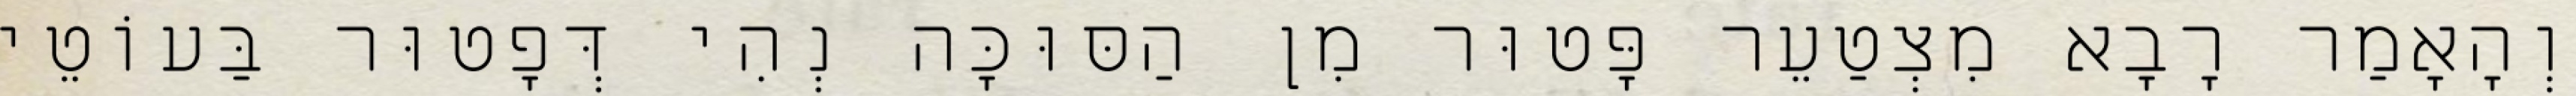
וְהָאָמַר רָבָא מִצְטַעֵר פָּטוּר מִן הַסּוּכָּה נְהִי דְּפָטוּר בַּעוֹטֵי